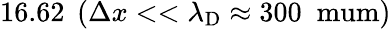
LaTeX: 16.62\; \left(\Delta x<<\lambda_{\mathrm{D}}\approx 300\; \mathrm{\ mum}\right)